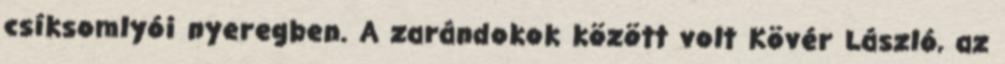
csíksomlyói nyeregben. A zarándokok között volt Kövér László, az